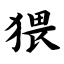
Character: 猥